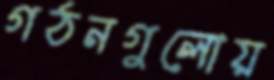
গঠনগুলোয়